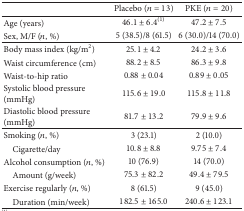
<table><thead><tr><td><b> </b></td><td><b>Placebo (<i>n</i> = 13)</b></td><td><b>PKE (<i>n</i> = 20)</b></td></tr></thead><tbody><tr><td>Age (years)</td><td>46.1 ± 6.4<sup>(1)</sup></td><td>47.2 ± 7.5</td></tr><tr><td>Sex, M/F (<i>n</i>, %)</td><td>5 (38.5)/8 (61.5)</td><td>6 (30.0)/14 (70.0)</td></tr><tr><td>Body mass index (kg/m<sup>2</sup>)</td><td>25.1 ± 4.2</td><td>24.2 ± 3.6</td></tr><tr><td>Waist circumference (cm)</td><td>88.2 ± 8.5</td><td>86.3 ± 9.8</td></tr><tr><td>Waist-to-hip ratio</td><td>0.88 ± 0.04</td><td>0.89 ± 0.05</td></tr><tr><td>Systolic blood pressure (mmHg)</td><td>115.6 ± 19.0</td><td>115.8 ± 11.8</td></tr><tr><td>Diastolic blood pressure (mmHg)</td><td>81.7 ± 13.2</td><td>79.9 ± 9.6</td></tr><tr><td>Smoking (<i>n</i>, %)</td><td>3 (23.1)</td><td>2 (10.0)</td></tr><tr><td>Cigarette/day</td><td>10.8 ± 8.8</td><td>9.75 ± 7.4</td></tr><tr><td>Alcohol consumption (<i>n</i>, %)</td><td>10 (76.9)</td><td>14 (70.0)</td></tr><tr><td>Amount (g/week)</td><td>75.3 ± 82.2</td><td>49.4 ± 79.5</td></tr><tr><td>Exercise regularly (<i>n</i>, %)</td><td>8 (61.5)</td><td>9 (45.0)</td></tr><tr><td> Duration (min/week)</td><td>182.5 ± 165.0</td><td>240.6 ± 123.1</td></tr></tbody></table>